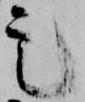
定